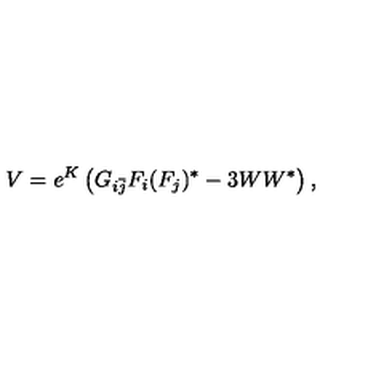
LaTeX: V = e ^ { K } \left( G _ { i { \bar { j } } } F _ { i } ( F _ { j } ) ^ { * } - 3 W W ^ { * } \right) ,